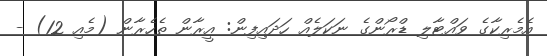
އެމެރިކާގެ ވައްޓާލި ޑްރޯންގެ ނަކަލެއް ހަދައިފިން: އީރާން ތެހެރާން (މެއި 12) -